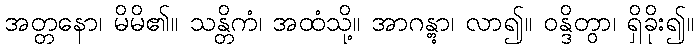
အတ္တနော၊ မိမိ၏။ သန္တိကံ၊ အထံသို့။ အာဂန္တွာ၊ လာ၍။ ဝန္ဒိတွာ၊ ရှိခိုး၍။